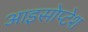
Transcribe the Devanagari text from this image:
आइसोप्टेश